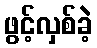
ဖွင့်လှစ်ခဲ့